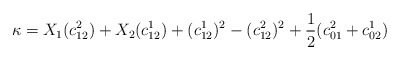
\begin{align*}\kappa = X_1(c_{12}^2)+X_2(c_{12}^1)+(c_{12}^1)^2-(c_{12}^2)^2+\frac{1}{2}(c_{01}^2+c_{02}^1)\end{align*}